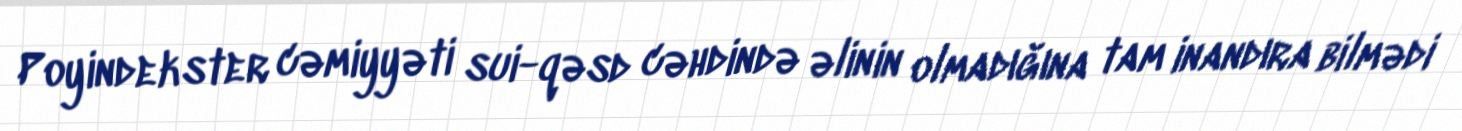
Poyindekster cəmiyyəti sui-qəsd cəhdində əlinin olmadığına tam inandıra bilmədi